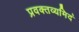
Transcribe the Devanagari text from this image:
प्रवक्तव्यमिदं